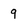
Character: 9